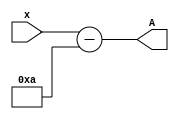
module subtract_10_4_bits(
	input [3:0]x,
	output [3:0]A);
		
		assign A = x - 10;
	
endmodule